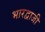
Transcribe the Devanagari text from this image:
भारद्वाजी